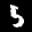
Label: 5